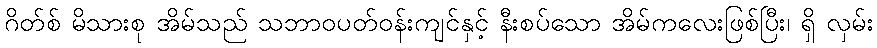
ဂိတ်စ် မိသားစု အိမ်သည် သဘာဝပတ်ဝန်းကျင်နှင့် နီးစပ်သော အိမ်ကလေးဖြစ်ပြီး၊ ရှိ လှမ်း